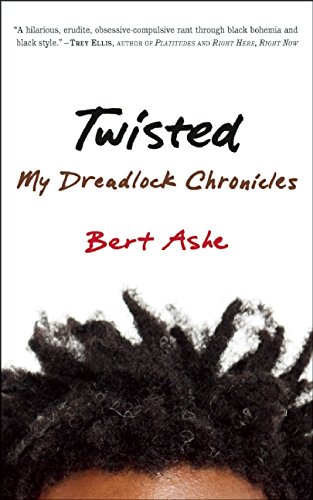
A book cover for Twisted: My Dreadlock Chronicles; Bert Ashe; Health, Fitness & Dieting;